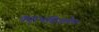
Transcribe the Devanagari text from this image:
कृतभसितलेपः